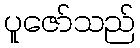
ပူဇော်သည်